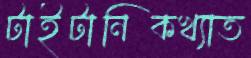
টাইটানিকখ্যাত